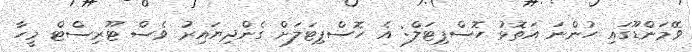
ވޭމަންޑޫގައި ހުންނަ އަތޮޅު ހޮސްޕިޓަލް: އެ ހޮސްޕިޓަލަށް ގެންދިޔައިރު ވެސް ޓޫރިސްޓް މީހާ